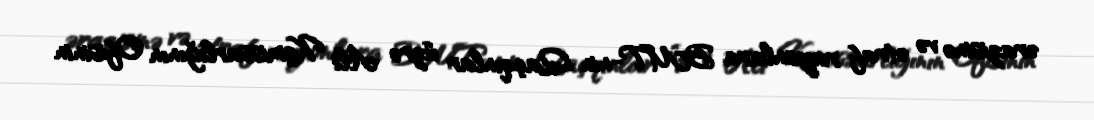
ərazisinə və ətraf rayonlara BMT-nin Qaçqınlar üzrə Ali Komissarlığının Ofisinin